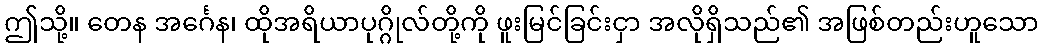
ဤသို့။ တေန အင်္ဂေန၊ ထိုအရိယာပုဂ္ဂိုလ်တို့ကို ဖူးမြင်ခြင်းငှာ အလိုရှိသည်၏ အဖြစ်တည်းဟူသော